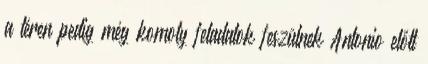
a téren pedig még komoly feladatok feszülnek Antonio előtt